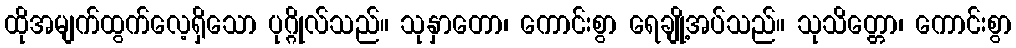
ထိုအမျက်ထွက်လေ့ရှိသော ပုဂ္ဂိုလ်သည်။ သုနှာတော၊ ကောင်းစွာ ရေချို့အပ်သည်။ သုသိတ္တော၊ ကောင်းစွာ